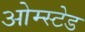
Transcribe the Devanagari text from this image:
ओम्स्टेड